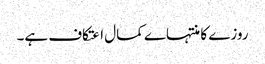
روزے کا منتہاے کمال اعتکاف ہے۔